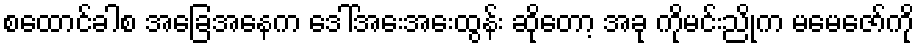
စထောင်ခါစ အခြေအနေက ဒေါ်အေးအေးထွန်း ဆိုတော့ အခု ကိုမင်းညိုက မမေဇော်ကို